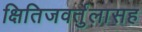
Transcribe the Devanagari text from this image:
क्षितिजवर्तुलासह